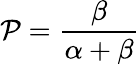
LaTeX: \mathcal{P}={\frac{{\beta}}{{\alpha+\beta}}}